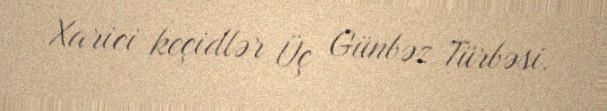
Xarici keçidlər Üç Günbəz Türbəsi.